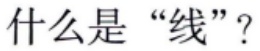
什么是“线”？